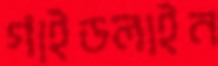
গাইডলাইন